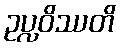
ဥပ္လဝိဿတိ